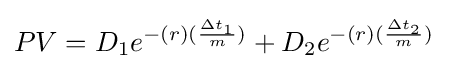
{\begin{aligned}PV&=D_{1}e^{-(r)({\frac {\Delta t_{1}}{m}})}+D_{2}e^{-(r)({\frac {\Delta t_{2}}{m}})}\end{aligned}}